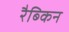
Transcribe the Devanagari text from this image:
रैब्किन